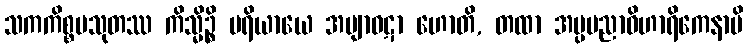
သကကိစ္စပသုတဿ ကိသ္မိဉ္စိ ပရိယာယေ အဗျာဝဋာ ဟောတိ, တထာ အပ္ပမညာဝိဟာရိကေနာပိ